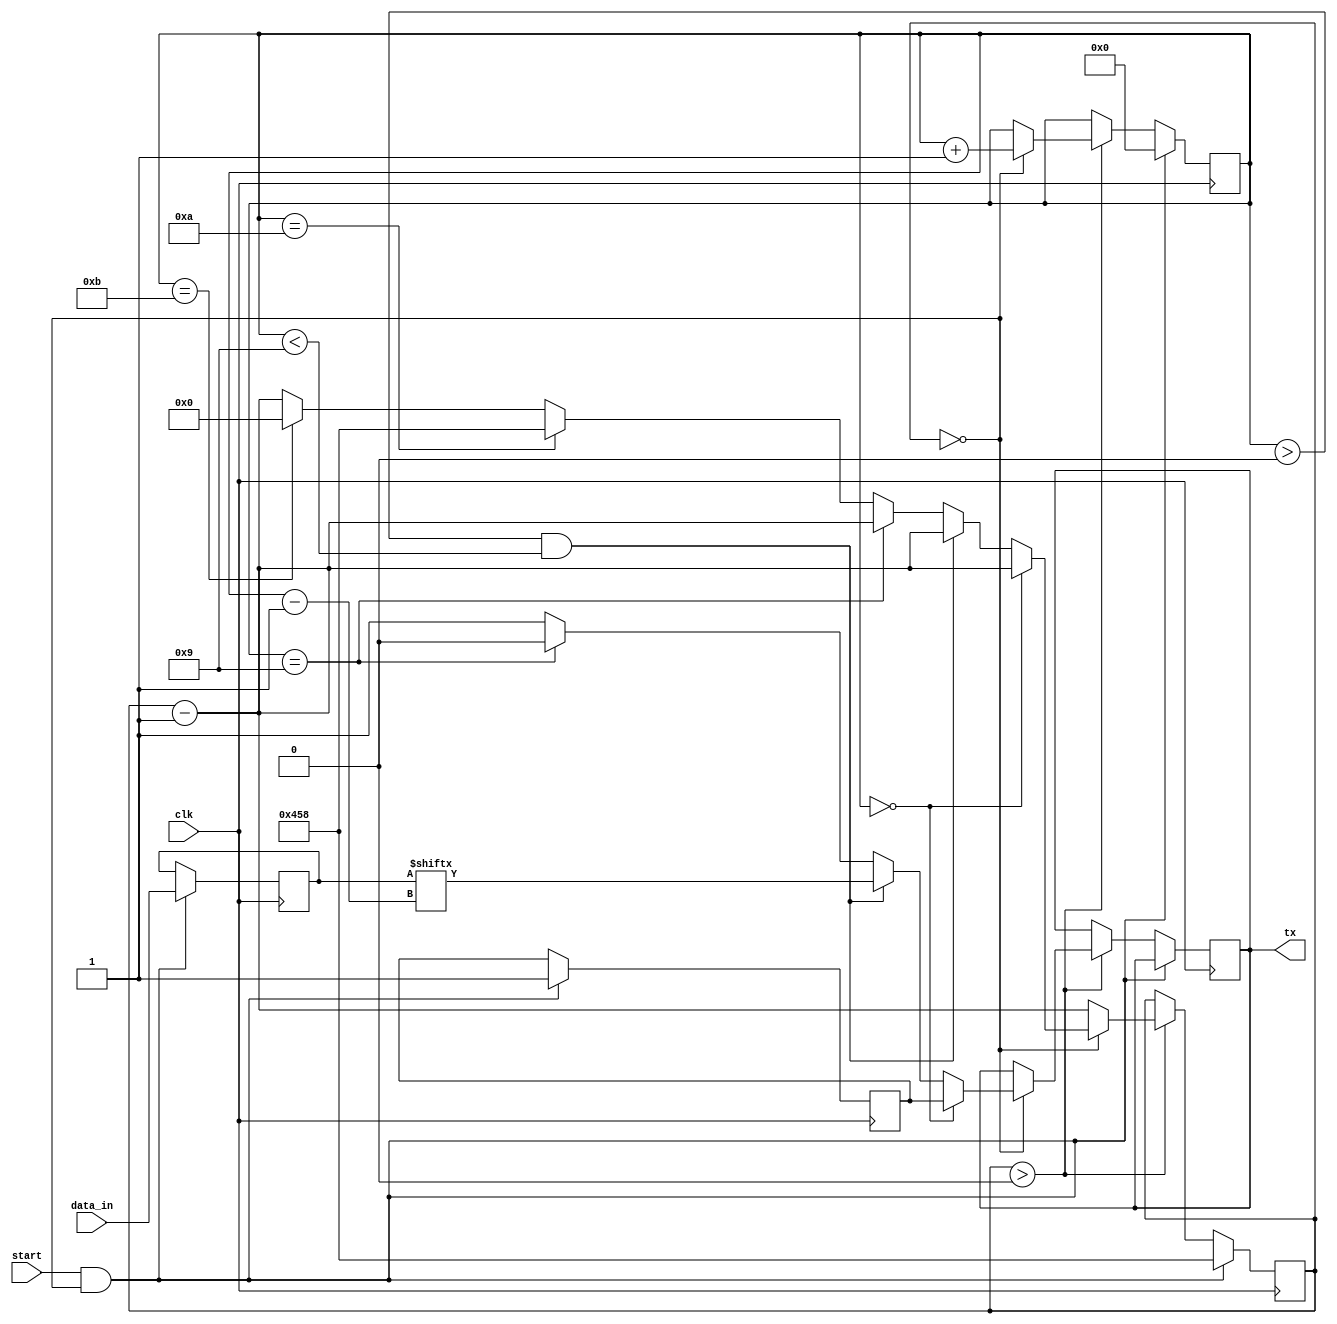
module uart_transmitter(
    input wire clk,
    input wire start,
    input wire [7:0] data_in,
    output reg tx
);

reg [10:0] counter;
reg [3:0] bit_counter;
reg [7:0] data_reg;
reg tx_start, tx_stop;

parameter BAUD_RATE = 9600;
parameter CLK_FREQ = 50000000; // 50 MHz clock frequency

always @(posedge clk) begin
    if (start && counter == 0) begin
        tx_start <= 1;
        counter <= CLK_FREQ / BAUD_RATE;
        bit_counter <= 0;
        data_reg <= data_in;
    end else if (counter > 0) begin
        counter <= counter - 1;
        if (counter == 0) begin
            tx <= 1;
            if (bit_counter == 0) begin
                tx <= tx_start;
            end else if (bit_counter > 0 && bit_counter < 9) begin
                tx <= data_reg[bit_counter-1];
            end else if (bit_counter == 9) begin
                tx <= 0; // stop bit
            end else if (bit_counter == 10) begin
                counter <= CLK_FREQ / BAUD_RATE;
                tx_stop <= 1;
            end else if (bit_counter == 11) begin
                tx_stop <= 0;
                counter <= 0;
            end
            bit_counter <= bit_counter + 1;
        end
    end
end

endmodule